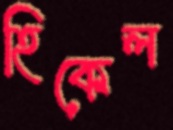
হিকেল